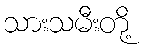
သားသမီးတို့